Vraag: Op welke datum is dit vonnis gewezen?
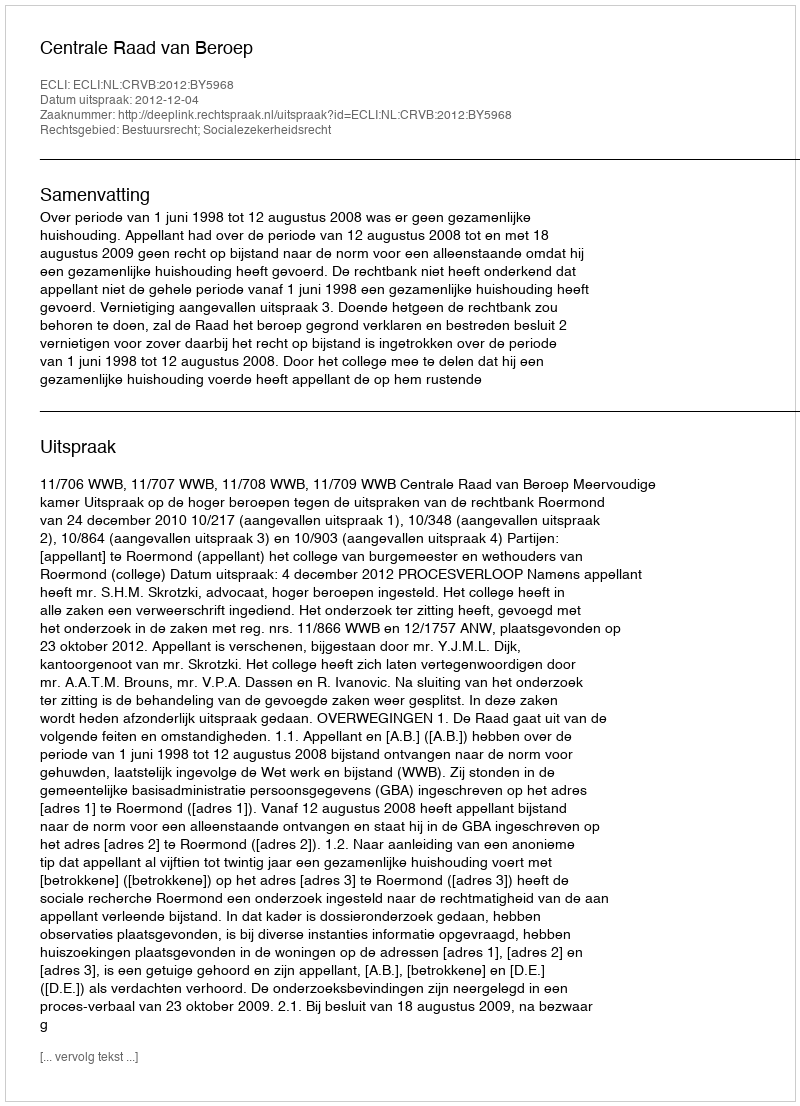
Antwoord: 2012-12-04